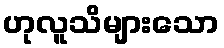
ဟုလူသိများသော